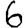
Digit: 6